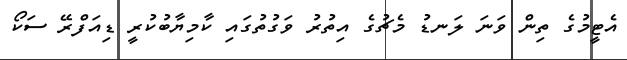
އެޓީމުގެ ތިން ވަނަ ލަނޑު މެޗުގެ އިތުރު ވަގުތުގައި ކާމިޔާބުކުރީ ޑިއަފްރޭ ސަކޯ